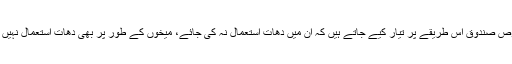
یہ مخصوص صندوق اس طریقے پر تیار کیے جاتے ہیں کہ ان میں دھات استعمال نہ کی جائے، میخوں کے طور پر بھی دھات استعمال نہیں کی جاتی۔